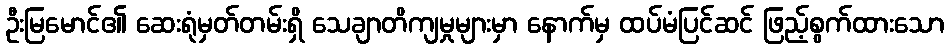
ဦးမြမောင်၏ ဆေးရုံမှတ်တမ်းရှိ သေချာတိကျမှုများမှာ နောက်မှ ထပ်မံပြင်ဆင် ဖြည့်စွက်ထားသော